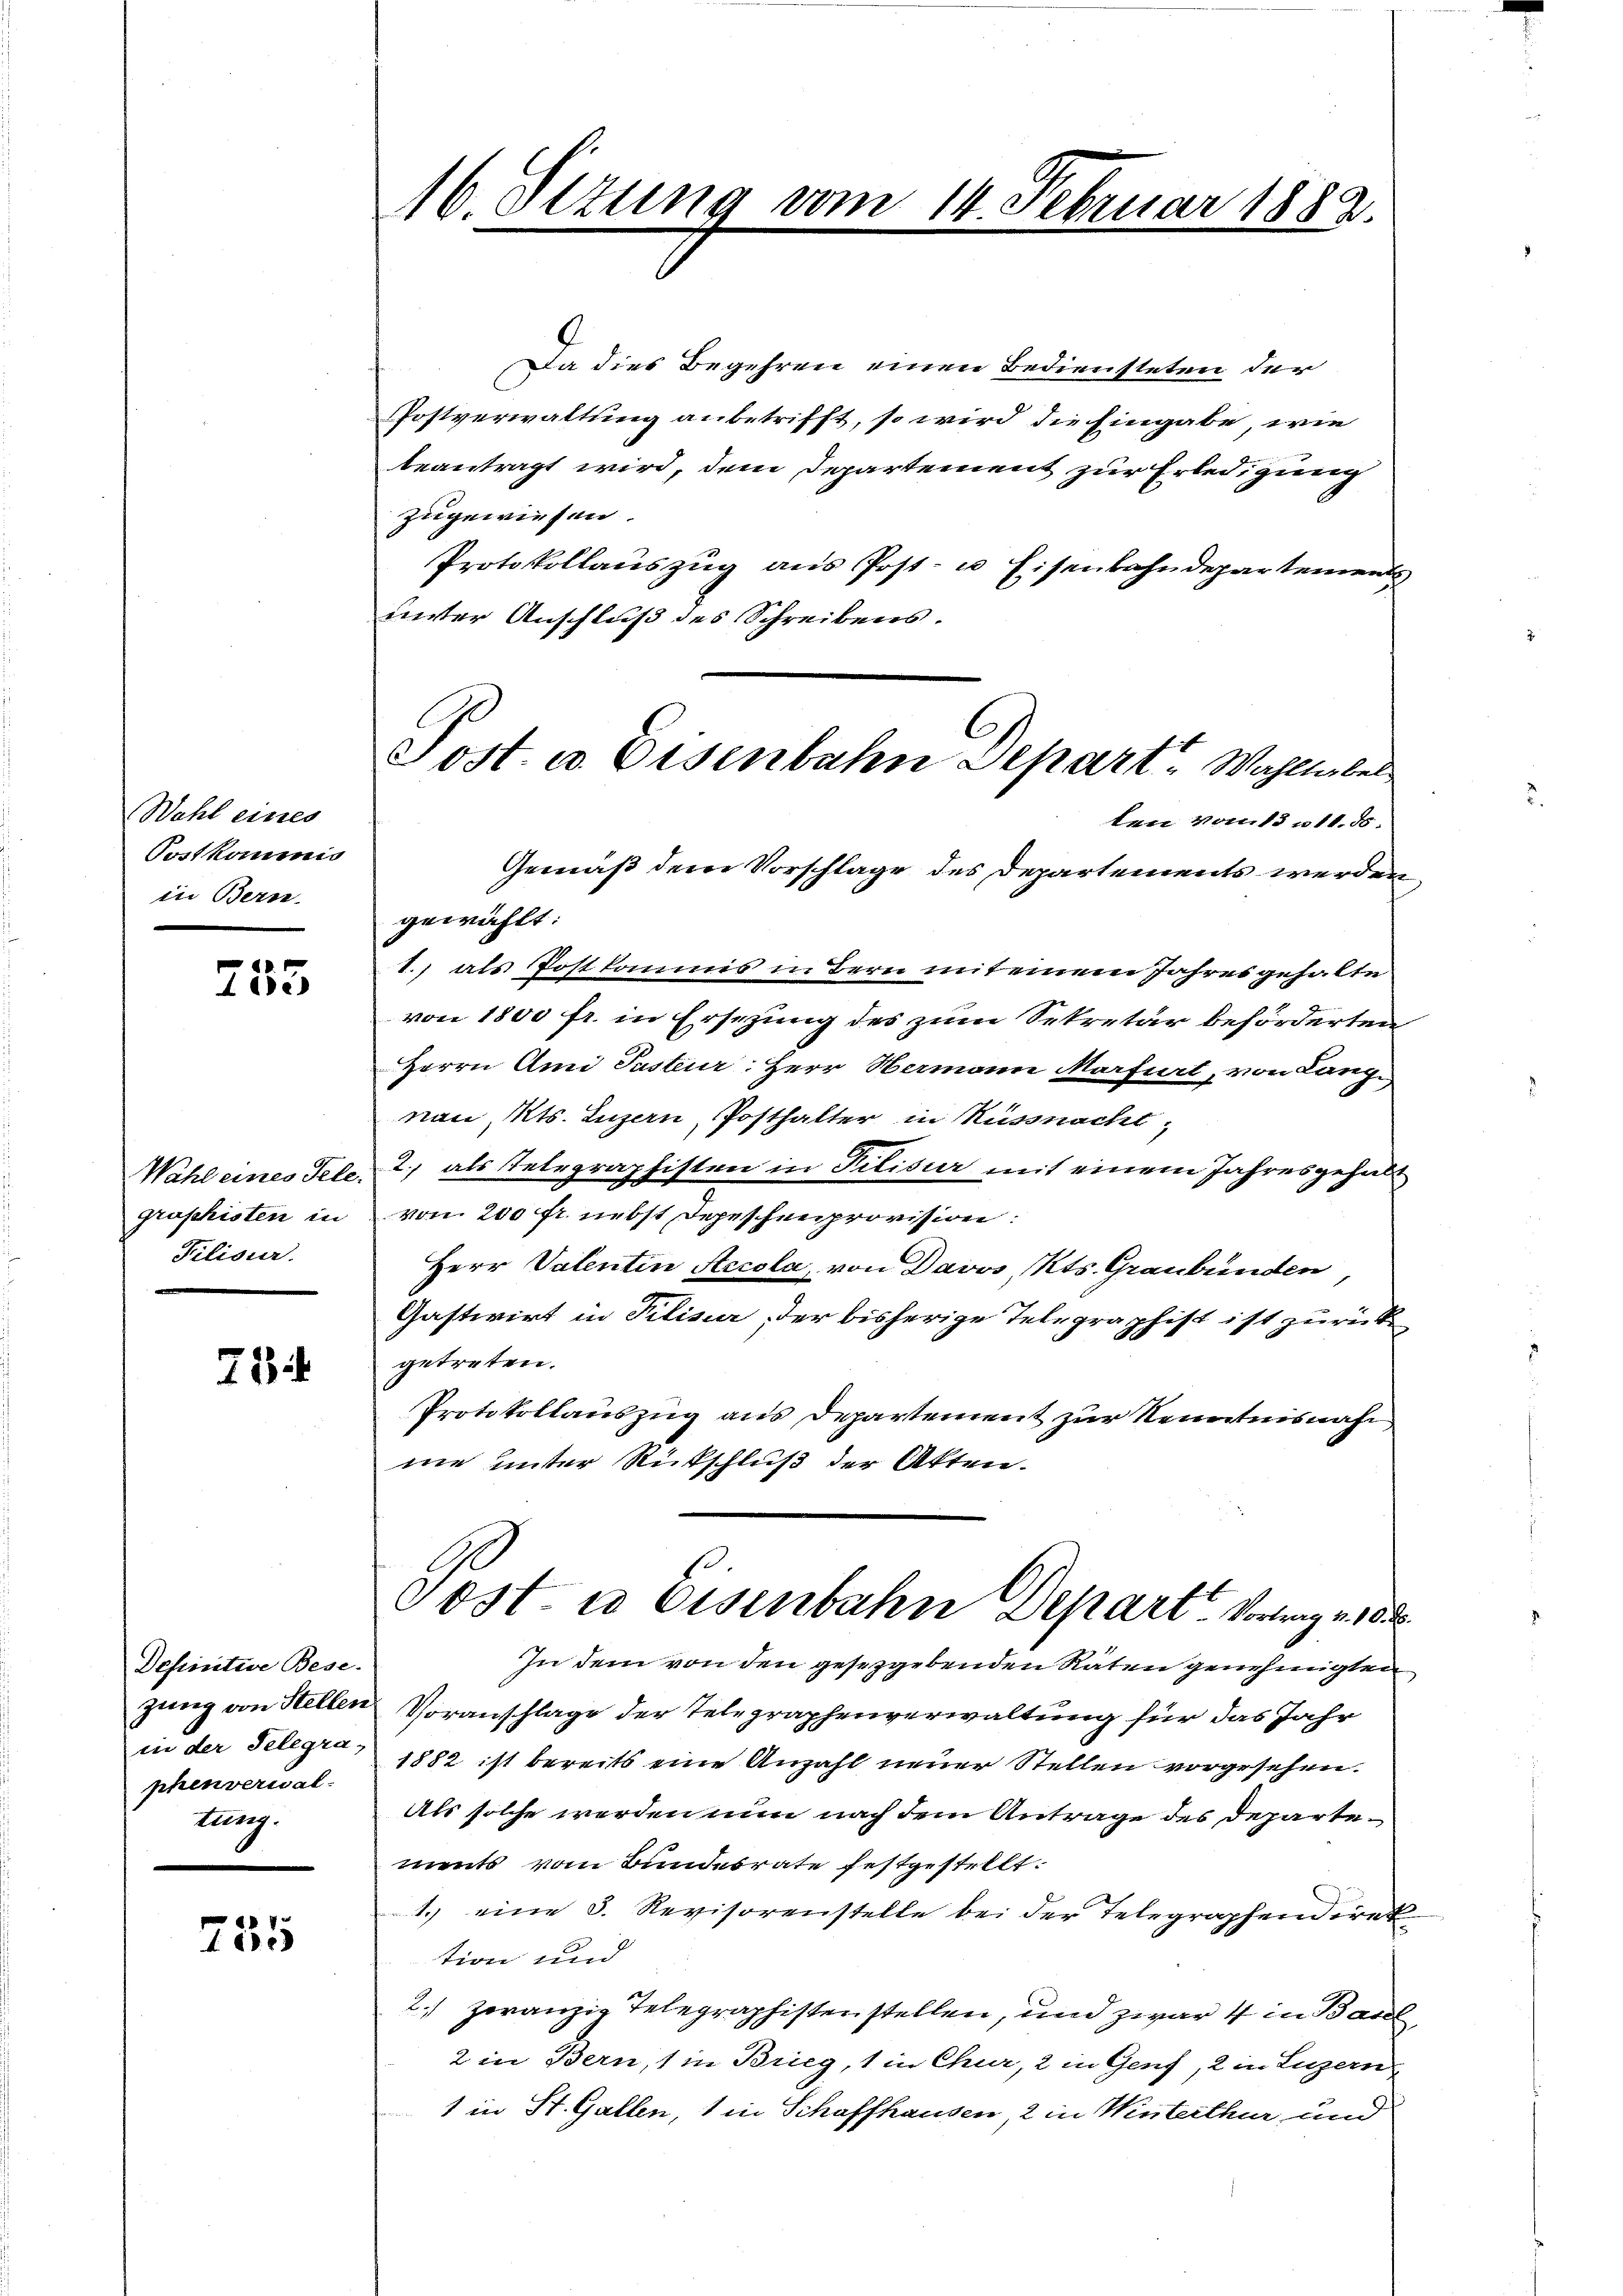
Wahl eines
Postkommis
in Bern

t
410.

Wahl eines Tele
graphisten in
Pilisur.

73

Definitive Bese
in der Telegraphenverwal-
tung.

755

16. Setung vom 14. Februar 1882.
w

Da dies Begehren einen Bediensteten der
Postverwaltung anbetrifft, so wird die Eingabe, wie
beantragt wird, dem Departement zur Erledigung
zugewiesen.
Protokollaŭszŭg ans Post- u. Eisenbahndepartements
unter Anschluß des Schreibens.
gewählt:
1.) als Postkommis in Bern mit einem Jahresgehalte
von 1800 fr. in Ersezung des zum Sekretär beförderten
Herrn Ami Pasteur: Herr Hermann Marfurt, von Langi
von Mts. Luzern Posthalter in Küssnacht,
2., als Telegraphisten in Filisier mit einem Jahresgehal
von 200 fr. nebst Depeschenprovision:
Herr Valentin Accola, von Davos, Kts. Graubünden
Gastwirt in Pilisier, der bisherige Telegraphist ist zurück
getreten.
Protokollauszug aus Departement zur Kenntnisnah
me unter Rückschluß der Akten.
Post in Eisenbahn Depart. Vortrage 10
In dem von den gesetzgebenden Raten genehmigten
zung von Stellen Voranschlage der Telegraphenverwaltung für das Jahr
1882 ist bereits eine Anzahl neuer Stellen vorgesehen.
Als solche werden nun nach dem Antrage des Departements vom Bundesrate festgestellt:
1.) eine 5. Revisorenstelle bei der Telegraphendiret
tion und
2.) zoranzig Telegraphistenstellen, und zwar 4 in Basel
2 in Bern, 1 in Brieg, 1 in Chur, 2 in Genf, 2 in Luzern
1 in St. Gallen, 1 in Schaffhausen 2 in Winterthur und

Post. u. Eisenbahn Depart, Wahllibel
ten vom 13 n 11. ds.
Gemäß dem Vorschlage des Departements werden